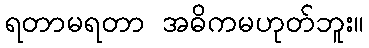
ရတာမရတာ အဓိကမဟုတ်ဘူး။